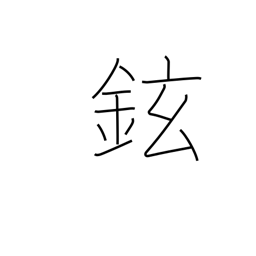
Meaning: handle